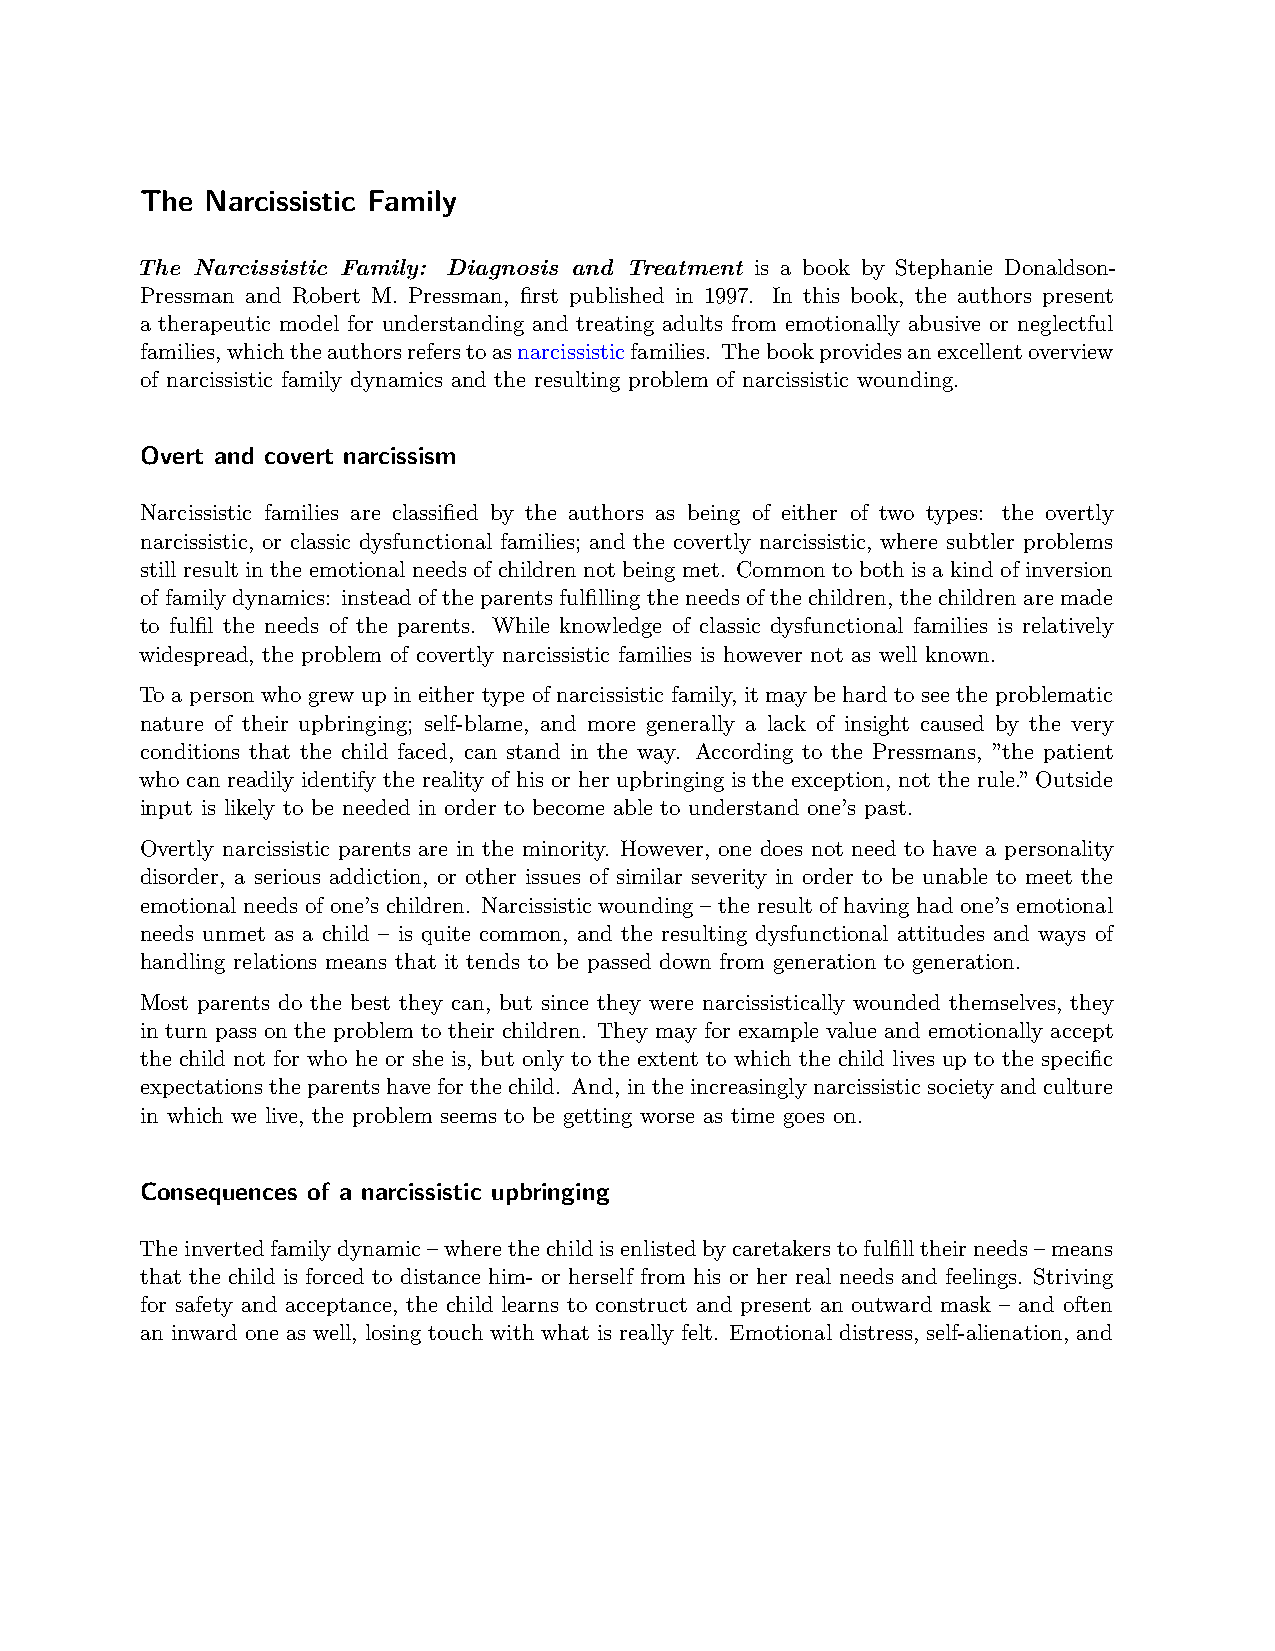
The  Narcissistic Family
 The Narcissistic Family: Diagnosis and Treatment is a book by Stephanie Donaldson-
 Pressman and Robert M. Pressman, first published in 1997. In this book, the authors present
 a therapeutic model for understanding and treating adults from emotionally abusive or neglectful
 families,whichtheauthorsreferstoasnarcissisticfamilies. Thebookprovidesanexcellentoverview
 of narcissistic family dynamics and the resulting problem of narcissistic wounding.
 Overt and covert narcissism
 Narcissistic families are classified by the authors as being of either of two types: the overtly
 narcissistic, or classic dysfunctional families; and the covertly narcissistic, where subtler problems
 still result in the emotional needs of children not being met. Common to both is a kind of inversion
 offamilydynamics: insteadof theparentsfulfillingtheneedsofthe children, the childrenaremade
 to fulfil the needs of the parents. While knowledge of classic dysfunctional families is relatively
 widespread, the problem of covertly narcissistic families is however not as well known.
 To a person who grew up in either type of narcissistic family, it may be hard to see the problematic
 nature of their upbringing; self-blame, and more generally a lack of insight caused by the very
 conditions that the child faced, can stand in the way. According to the Pressmans, ”the patient
 who can readily identify the reality of his or her upbringing is the exception, not the rule.” Outside
 input is likely to be needed in order to become able to understand one’s past.
 Overtly narcissistic parents are in the minority. However, one does not need to have a personality
 disorder, a serious addiction, or other issues of similar severity in order to be unable to meet the
 emotional needs of one’s children. Narcissistic wounding – the result of having had one’s emotional
 needs unmet as a child – is quite common, and the resulting dysfunctional attitudes and ways of
 handling relations means that it tends to be passed down from generation to generation.
 Most parents do the best they can, but since they were narcissistically wounded themselves, they
 in turn pass on the problem to their children. They may for example value and emotionally accept
 the child not for who he or she is, but only to the extent to which the child lives up to the specific
 expectationstheparentshaveforthechild. And, intheincreasinglynarcissisticsocietyandculture
 in which we live, the problem seems to be getting worse as time goes on.
 Consequences of a narcissistic upbringing
 Theinvertedfamilydynamic–wherethechildisenlistedbycaretakerstofulfilltheirneeds–means
 that the child is forced to distance him- or herself from his or her real needs and feelings. Striving
 for safety and acceptance, the child learns to construct and present an outward mask – and often
 an inward one as well, losing touch with what is really felt. Emotional distress, self-alienation, and